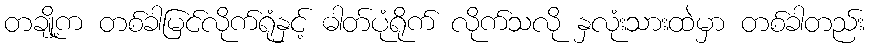
တချို့က တစ်ခါမြင်လိုက်ရုံနှင့် ဓါတ်ပုံရိုက် လိုက်သလို နှလုံးသားထဲမှာ တစ်ခါတည်း